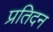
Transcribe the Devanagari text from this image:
प्रतिदन